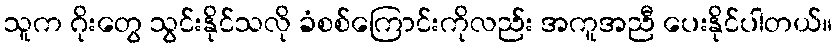
သူက ဂိုးတွေ သွင်းနိုင်သလို ခံစစ်ကြောင်းကိုလည်း အကူအညီ ပေးနိုင်ပါတယ်။